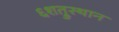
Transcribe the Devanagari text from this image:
६शत्रुस्थान